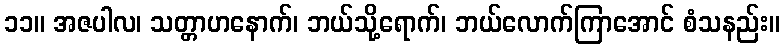
၁၁။ အဇပါလ၊ သတ္တာဟနောက်၊ ဘယ်သို့ရောက်၊ ဘယ်လောက်ကြာအောင် စံသနည်း။